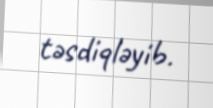
təsdiqləyib.